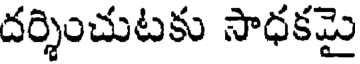
దర్శించుటకు సాధకమై